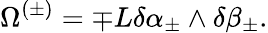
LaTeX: \Omega^{(\pm)}=\mp L\delta\alpha_{\pm}\wedge\delta\beta_{\pm}.